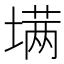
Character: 𰊟